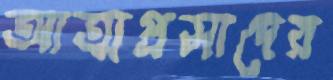
আত্মপ্রসাদের